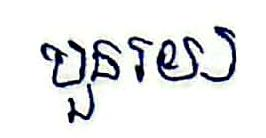
បួនរយ